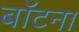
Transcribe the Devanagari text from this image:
बॉटना